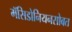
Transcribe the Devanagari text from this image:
मॅसिडोनियनसोबत